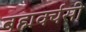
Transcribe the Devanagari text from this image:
बह्मवर्चसी